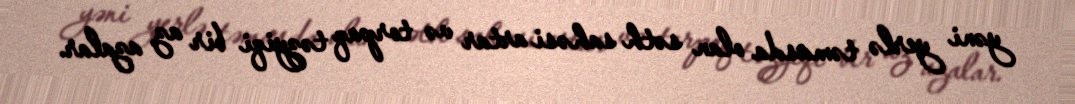
yəni yerlə təmasda olan səth sahəsi artar və torpaq təzyiqi bir az azalar.